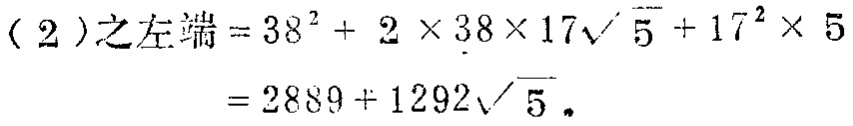
\begin{align*}

(2)\text{之左端}&=38^{2}+2\times38\times17\sqrt{5}+17^{2}\times5\\

&=2889 + 1292\sqrt{5}.

\end{align*}